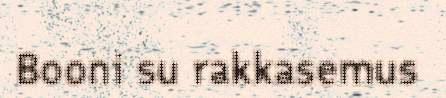
Booni su rakkasemus